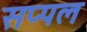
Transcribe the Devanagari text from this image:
सप्पल